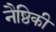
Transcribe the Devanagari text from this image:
नैष्ठिकी